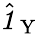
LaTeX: \hat{\textbf{\textit{1}}\, }_{\mathrm Y}